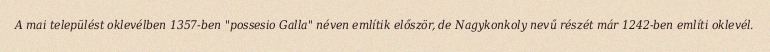
A mai települést oklevélben 1357-ben "possesio Galla" néven említik először, de Nagykonkoly nevű részét már 1242-ben említi oklevél.